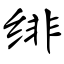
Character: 绯